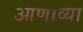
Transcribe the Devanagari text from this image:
आणाव्या